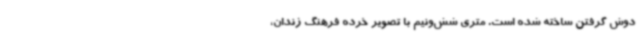
دوش گرفتن ساخته شده است. متری شش‌ونیم با تصویر خرده فرهنگ زندان،